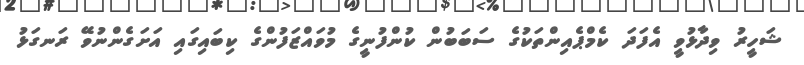
ޝަހީރު ވިދާޅުވީ އެފަދަ ކެމްޕެއިންތަކުގެ ސަބަބުން ކުންފުނީގެ މުވައްޒަފުންގެ ކިބައިގައި އަށަގެންނުވޭ ރަނގަޅު